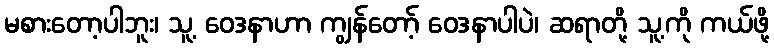
မစားတော့ပါဘူး၊ သူ့ ဝေဒနာဟာ ကျွန်တော့် ဝေဒနာပါပဲ၊ ဆရာတို့ သူ့ကို ကယ်ဖို့